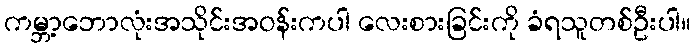
ကမ္ဘာ့ဘောလုံးအသိုင်းအဝန်းကပါ လေးစားခြင်းကို ခံရသူတစ်ဦးပါ။